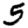
Digit: 5